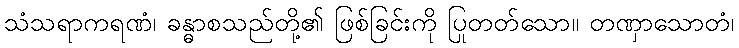
သံသရာကရဏံ၊ ခန္ဓာစသည်တို့၏ ဖြစ်ခြင်းကို ပြုတတ်သော။ တဏှာသောတံ၊